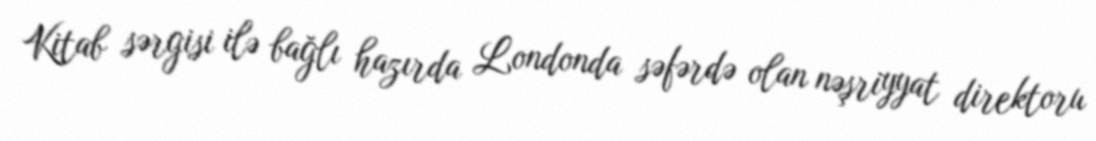
Kitab sərgisi ilə bağlı hazırda Londonda səfərdə olan nəşriyyat direktoru